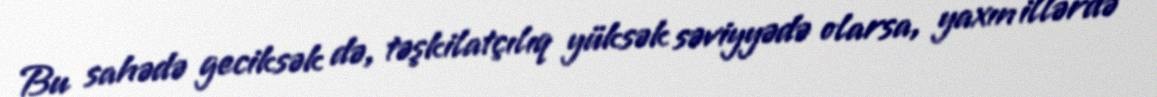
Bu sahədə geciksək də, təşkilatçılıq yüksək səviyyədə olarsa, yaxın illərdə